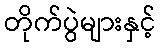
တိုက်ပွဲများနှင့်